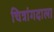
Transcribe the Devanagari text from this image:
चित्रांगदाला